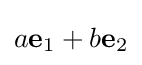
a\mathbf {e} _{1}+b\mathbf {e} _{2}